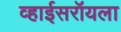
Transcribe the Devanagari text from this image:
व्हाईसरॉयला